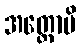
အတ္ထောပိ